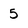
Character: 5